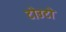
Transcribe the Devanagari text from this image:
टोउटो